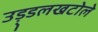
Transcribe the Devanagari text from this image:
उड़्डलखटोले